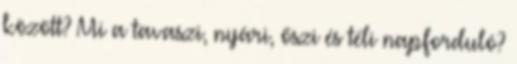
között? Mi a tavaszi, nyári, őszi és téli napforduló?